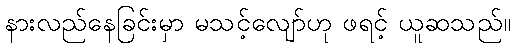
နားလည်နေခြင်းမှာ မသင့်လျော်ဟု ဖရင့် ယူဆသည်။